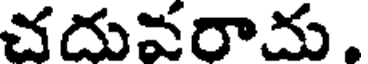
చదువరాదు.